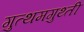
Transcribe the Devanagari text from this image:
गुत्थमगुथ्ती